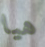
هيا